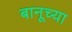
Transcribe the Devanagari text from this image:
बानूच्या